Martna_vallavalitsus, lk 4
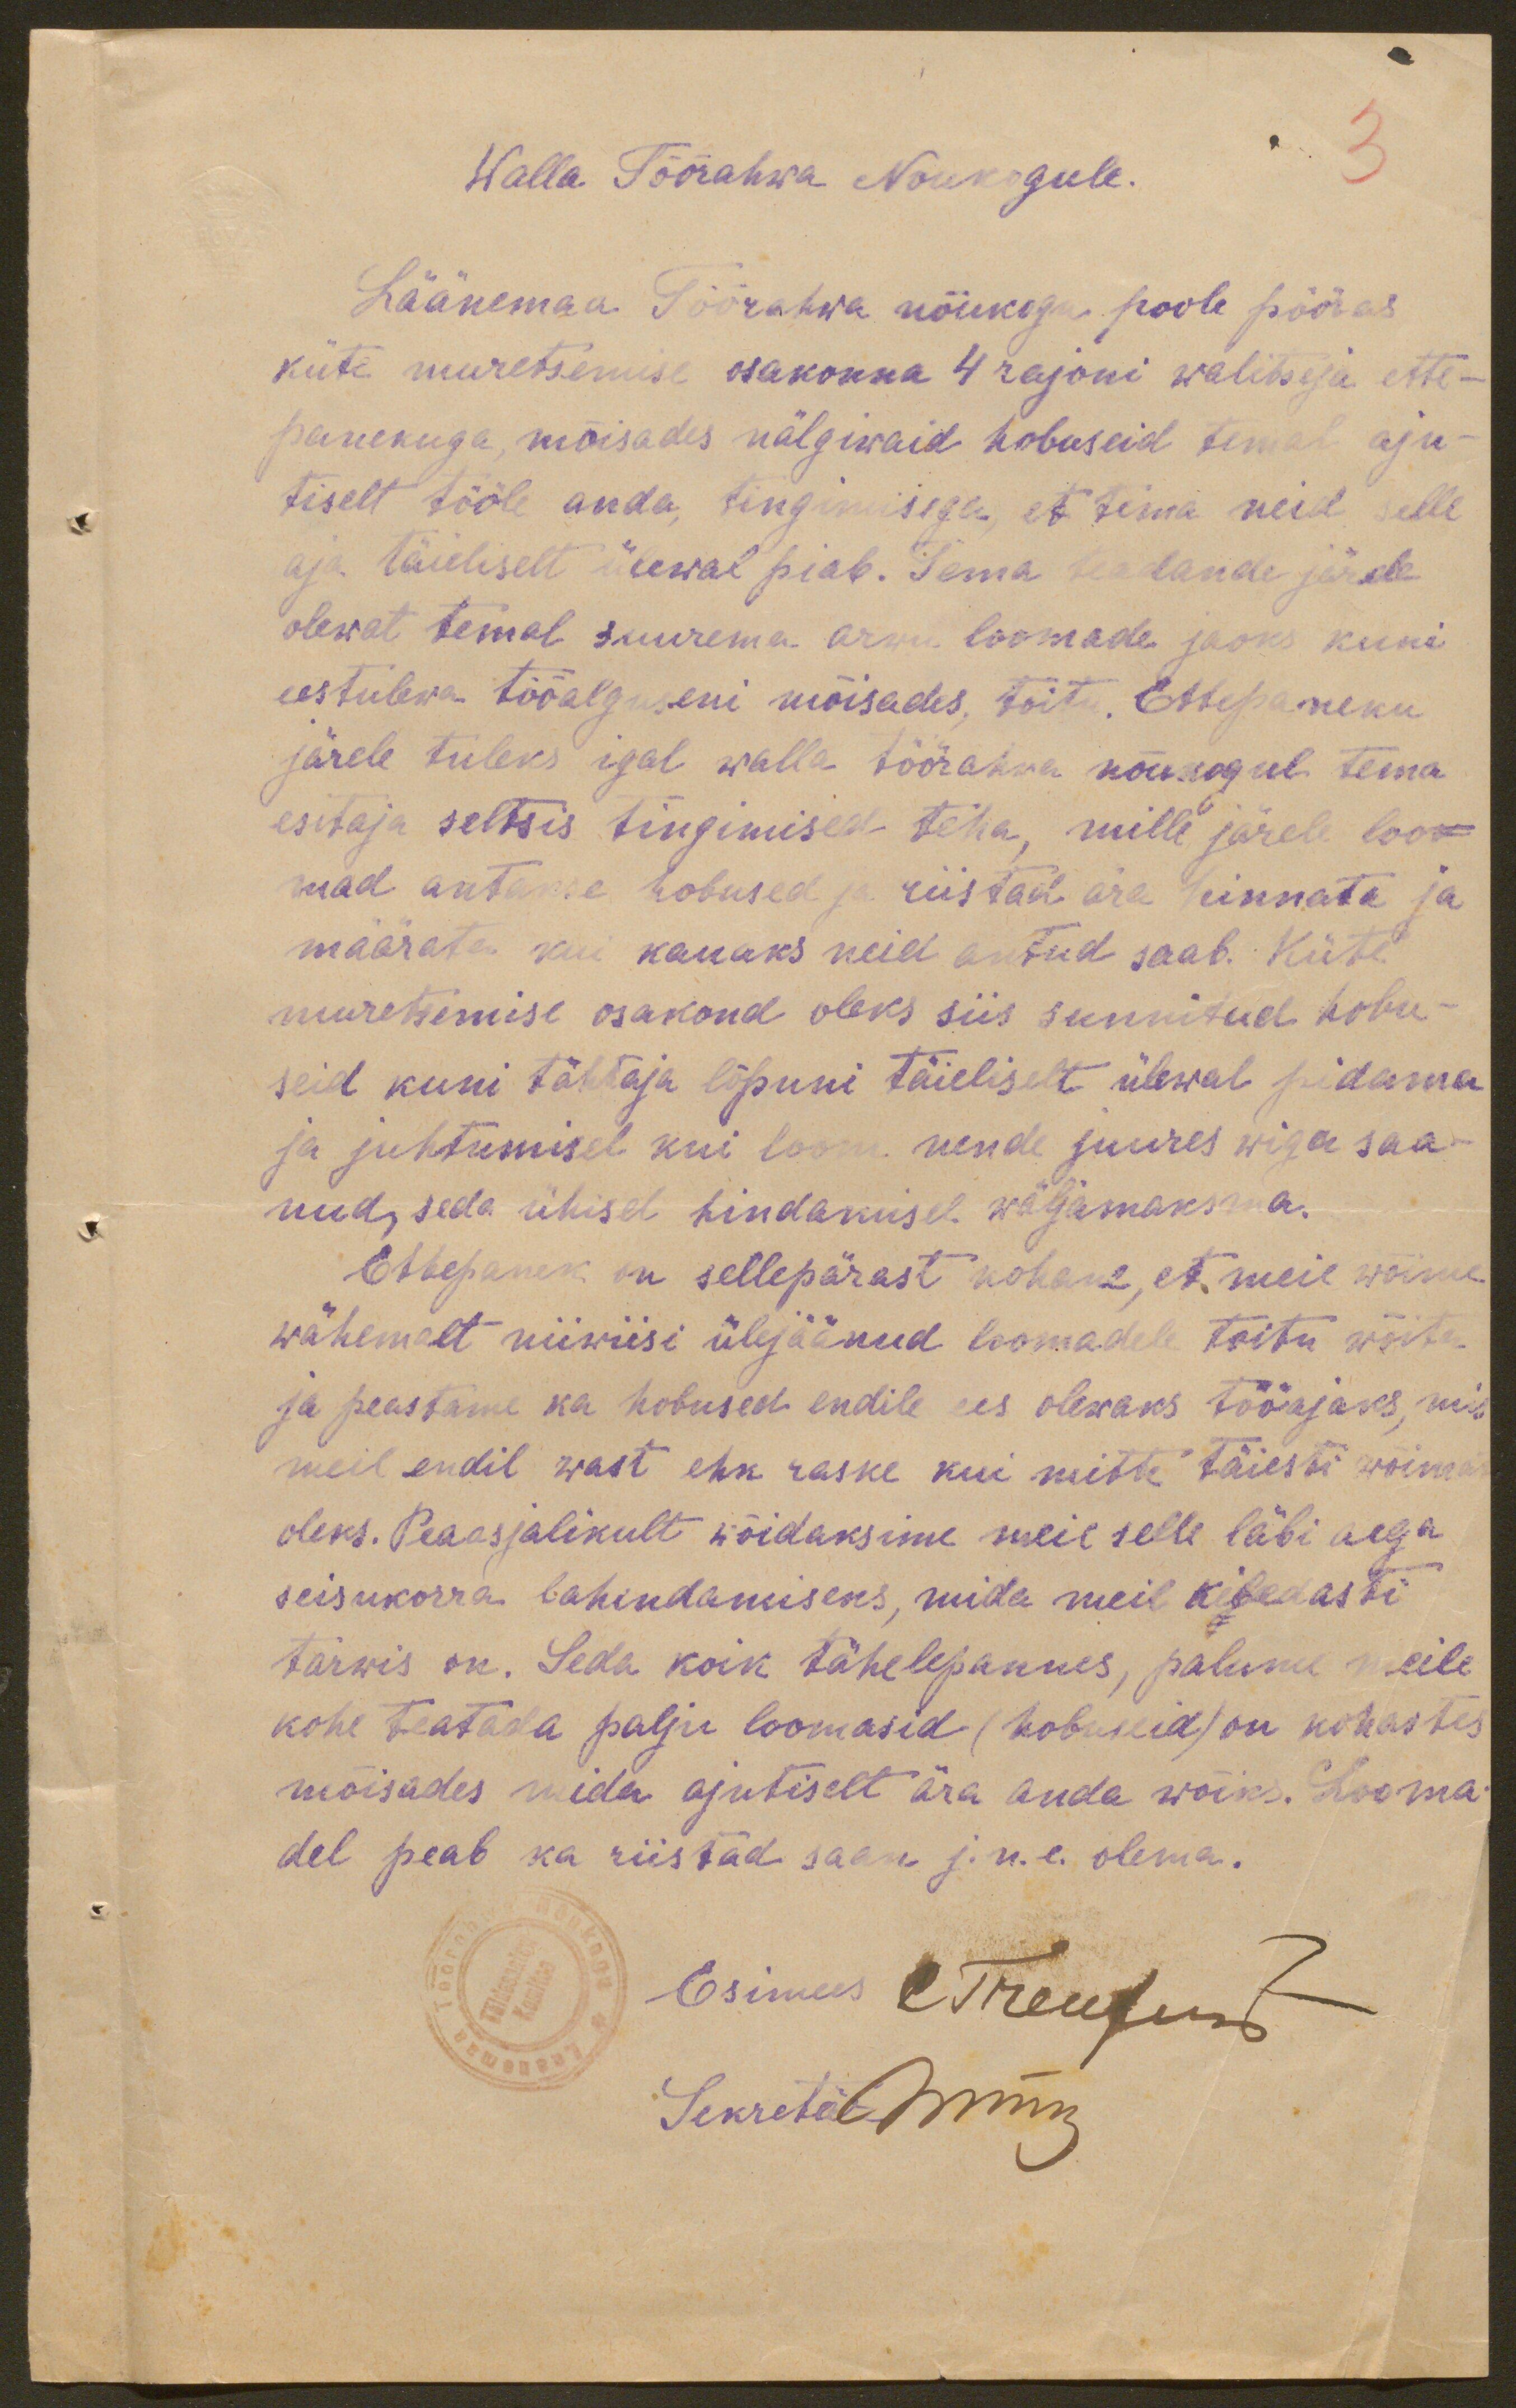
Walla Töörahwa Noukogule.
3
Läänemaa Töörahwa nõukogu poole pööras
küte muretsemise osakonna 4 rajoni walitseja ette-
panekuga, mõisades nälgiwaid hobuseid temal aju-
tiselt tööle anda, tingimusega, et tema neid selle
aja täieliselt ülewal piab. Tema teadande järele
olewat temal suurema arvu loomade jaoks kuni
eestulewa tööalguseni mõisades, toitu. Ettepaneku
järele tuleks igal walla töörahwa nõukogul tema
esitaja seltsis tingimised teha, mille järele loo-
mad antame hobused ja riistad ära hinnata ja
määrata kui kauaks neid antud saab. Küte
muretsemise osakond oleks siis sunnitud hobu-
seid kuni tähtaja lõpuni täieliselt ülewal pidama
ja juhtumisel kui loom nende juures wiga saa-
nud, seda ühisel hindamisel wäljamaksma.
Ettepanek on sellepärast kohane, et meie wõime
wähemalt niiwiisi ülejäänud loomadele toitu wõita
ja peastame ka hobused endile ees olewaks tööajaks, mis
meil endil wast ehk raske kui mitte täiesti wõimatu
oleks. Peaasjalikult wõidaksime meie selle läbi aega
seisukorra lahendamiseks, mida meil kibedasti
tarwis on. Seda koik tähelepannes, palume meile
kohe teatada palju loomasid (hobuseid) on kohastes
mõisades mida ajutiselt ära anda wõiks. Looma
del peab ka riistad saan j.n.e. olema.

Esimees C. Treufuns
Sekretär hirm